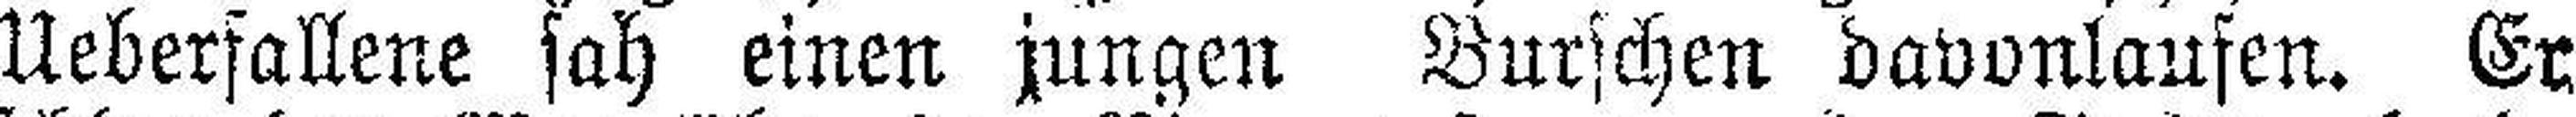
Ueberfallene sah einen jungen Burschen davonlaufen. Er